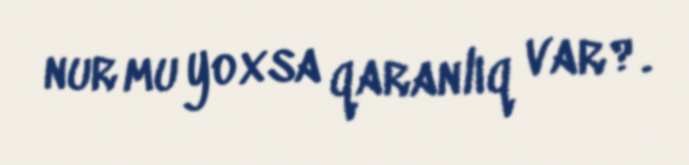
nur mu yoxsa qaranlıq var?.